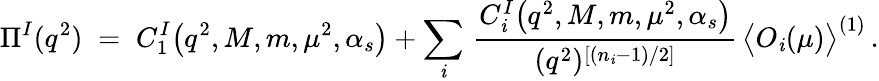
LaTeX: \Pi^{I}(q^{2})\; =\; C_{1}^{I}\big(q^{2},M,m,\mu^{2},\alpha_{s}\big)+\sum_{\mathit{i}}\, \frac{{C_{\mathit{i}}^{I}\big(q^{2},M,m,\mu^{2},\alpha_{s}\big)}}{{(q^{2})^{[(n_{\mathit{i}}-1)/2]}}}\, \big<O_{\mathit{i}}(\mu)\big>^{(1)}\, .